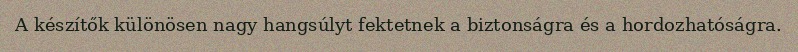
A készítők különösen nagy hangsúlyt fektetnek a biztonságra és a hordozhatóságra.